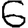
Digit: 6